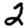
Digit: 2